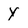
Character: Y